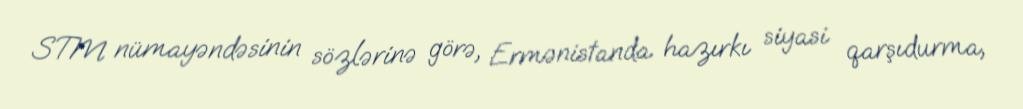
STM nümayəndəsinin sözlərinə görə, Ermənistanda hazırkı siyasi qarşıdurma,